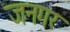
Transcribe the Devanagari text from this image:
जनगर